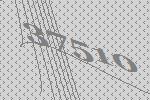
37510